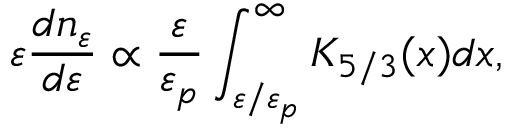
\varepsilon \frac { d n _ { \varepsilon } } { d \varepsilon } \propto \frac { \varepsilon } { \varepsilon _ { p } } \int _ { \varepsilon / \varepsilon _ { p } } ^ { \infty } K _ { 5 / 3 } ( x ) d x ,